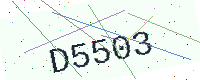
Text: D5503